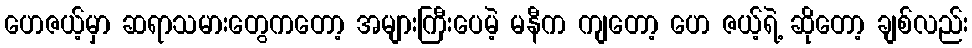
ဟေဇယ့်မှာ ဆရာသမားတွေကတော့ အများကြီးပေမဲ့ မနီက ကျတော့ ဟေ ဇယ့်ရဲ့ ဆိုတော့ ချစ်လည်း